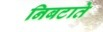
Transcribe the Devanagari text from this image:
निबटाते